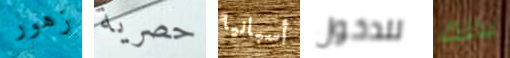
زهور حصرية أسبانيا للدخول بذلك